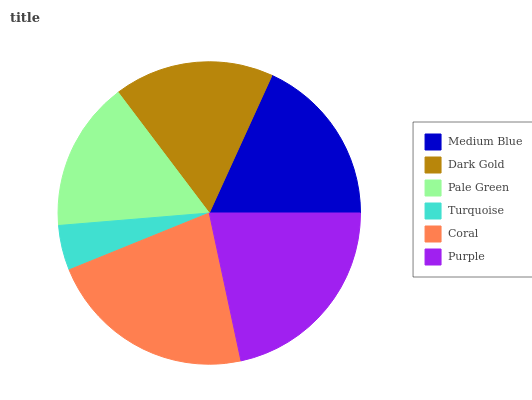
| Medium Blue | Dark Gold | Pale Green | Turquoise | Coral | Purple |
 | --- | --- | --- | --- | --- | --- |
 | 18.1% | 17% | 16.1% | 4.82% | 22.3% | 21.6% |